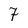
Character: 7